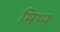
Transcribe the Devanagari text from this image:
षिष्य